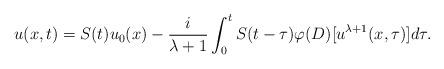
LaTeX: \begin{align*}u(x,t)=S(t)u_{0}(x)-\frac{i}{\lambda+1}\int_{0}^{t}S(t-\tau )\varphi(D)[u^{\lambda+1}(x,\tau)] d\tau.\end{align*}